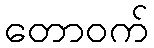
တောဝက်